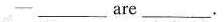
—___are___.